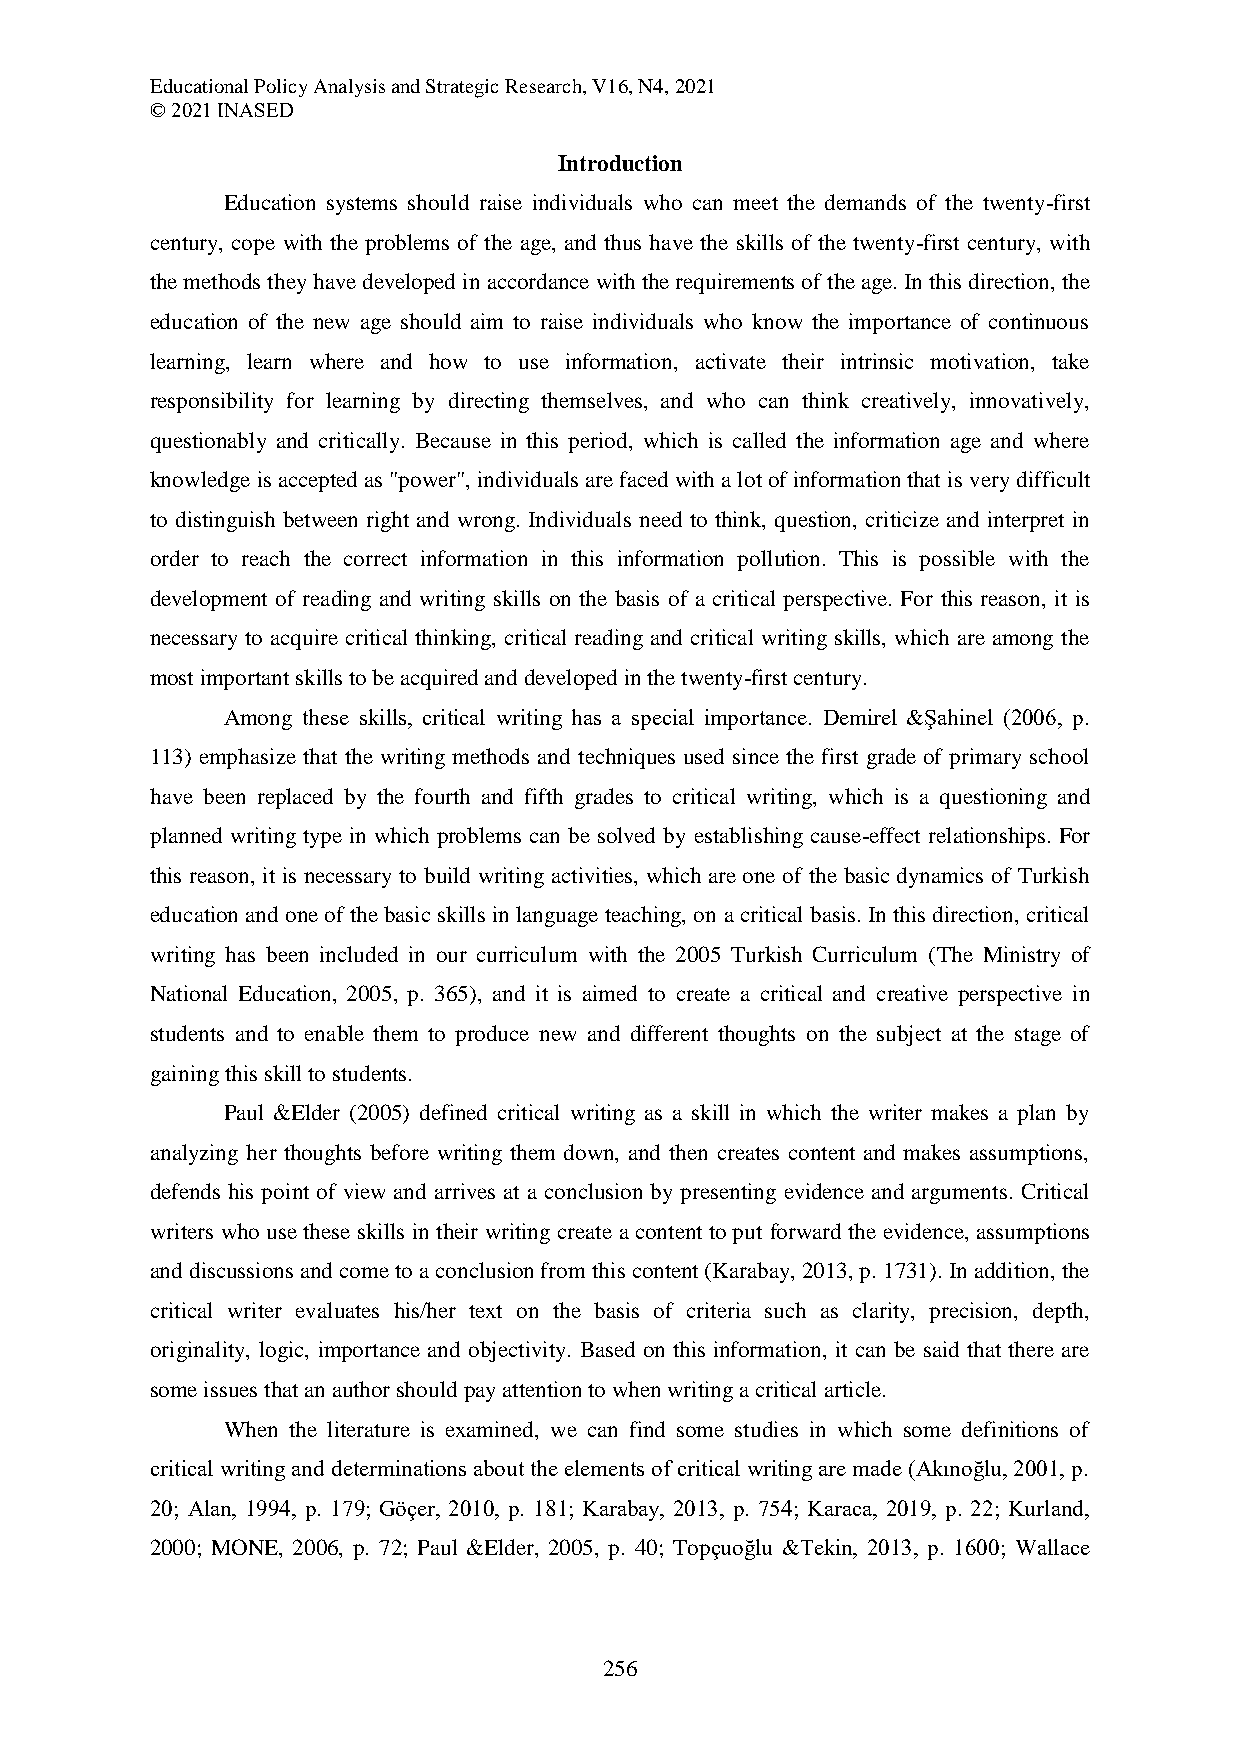
Educational Policy Analysis and Strategic Research, V16, N4, 2021
 © 2021 INASED
 Introduction
 Education systems should raise individuals who can meet the demands of the twenty-first
 century, cope with the problems of the age, and thus have the skills of the twenty-first century, with
 the methods they have developed in accordance with the requirements of the age. In this direction, the
 education of the new age should aim to raise individuals who know the importance of continuous
 learning, learn where and how to use information, activate their intrinsic motivation, take
 responsibility for learning by directing themselves, and who can think creatively, innovatively,
 questionably and critically. Because in this period, which is called the information age and where
 knowledge is accepted as "power", individuals are faced with a lot of information that is very difficult
 to distinguish between right and wrong. Individuals need to think, question, criticize and interpret in
 order to reach the correct information in this information pollution. This is possible with the
 development of reading and writing skills on the basis of a critical perspective. For this reason, it is
 necessary to acquire critical thinking, critical reading and critical writing skills, which are among the
 most important skills to be acquired and developed in the twenty-first century.
 Among these skills, critical writing has a special importance. Demirel &Şahinel (2006, p.
 113) emphasize that the writing methods and techniques used since the first grade of primary school
 have been replaced by the fourth and fifth grades to critical writing, which is a questioning and
 planned writing type in which problems can be solved by establishing cause-effect relationships. For
 this reason, it is necessary to build writing activities, which are one of the basic dynamics of Turkish
 education and one of the basic skills in language teaching, on a critical basis. In this direction, critical
 writing has been included in our curriculum with the 2005 Turkish Curriculum (The Ministry of
 National Education, 2005, p. 365), and it is aimed to create a critical and creative perspective in
 students and to enable them to produce new and different thoughts on the subject at the stage of
 gaining this skill to students.
 Paul &Elder (2005) defined critical writing as a skill in which the writer makes a plan by
 analyzing her thoughts before writing them down, and then creates content and makes assumptions,
 defends his point of view and arrives at a conclusion by presenting evidence and arguments. Critical
 writers who use these skills in their writing create a content to put forward the evidence, assumptions
 and discussions and come to a conclusion from this content (Karabay, 2013, p. 1731). In addition, the
 critical writer evaluates his/her text on the basis of criteria such as clarity, precision, depth,
 originality, logic, importance and objectivity. Based on this information, it can be said that there are
 some issues that an author should pay attention to when writing a critical article.
 When the literature is examined, we can find some studies in which some definitions of
 critical writing and determinations about the elements of critical writing are made (Akınoğlu, 2001, p.
 20; Alan, 1994, p. 179; Göçer, 2010, p. 181; Karabay, 2013, p. 754; Karaca, 2019, p. 22; Kurland,
 2000; MONE, 2006, p. 72; Paul &Elder, 2005, p. 40; Topçuoğlu &Tekin, 2013, p. 1600; Wallace
 256